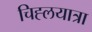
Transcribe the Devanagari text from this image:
चिह्लयात्रा